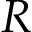
R